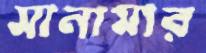
মানামার